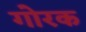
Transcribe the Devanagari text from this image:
गोरक